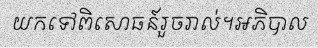
យកទៅពិសោធន៍រួចរាល់។អភិបាល